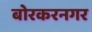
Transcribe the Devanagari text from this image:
बोरकरनगर